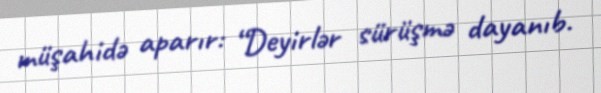
müşahidə aparır: “Deyirlər sürüşmə dayanıb.